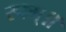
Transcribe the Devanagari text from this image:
स्फ्म्॥